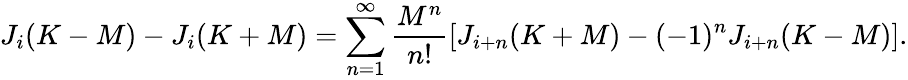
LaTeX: J_{i}(K-M)-J_{i}(K+M)=\sum_{n=1}^{\infty}\frac{M^{n}}{n!}\left[J_{i+n}(K+M)-(-1)^{n}J_{i+n}(K-M)\right].